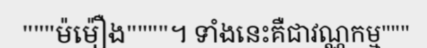
"""ម៉ម៉ឿង""""។ ទាំងនេះគឺជាវណ្ណកម្ម"""